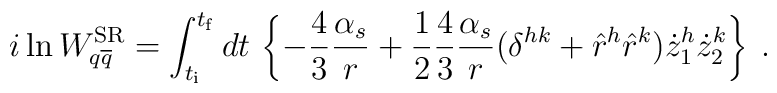
i \ln W^{{\rm SR}}_{q\overline{q}} = \int_{t_{\rm i}}^{t_{\rm f}} dt \,\left\{ - \frac{4}{3} \frac{\alpha_s}{r} + \frac{1}{2}\frac{4}{3} \frac{\alpha_s}{r} (\delta^{hk} + \hat{r}^h\hat{r}^k) \dot{z}_1^h \dot{z}_2^k \right\} \> .